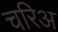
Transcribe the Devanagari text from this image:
चरिअ